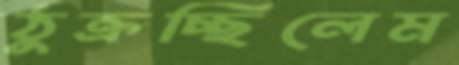
ঠুক্‌রচ্ছিলেম